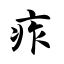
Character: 痄